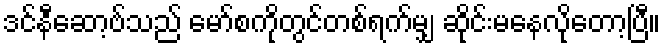
ဒင်နီဆော့ဗ်သည် မော်စကိုတွင်တစ်ရက်မျှ ဆိုင်းမနေလိုတော့ပြီ။